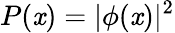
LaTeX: P(\mathit{x})=|\phi(\mathit{x})|^{2}